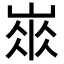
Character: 𡺛